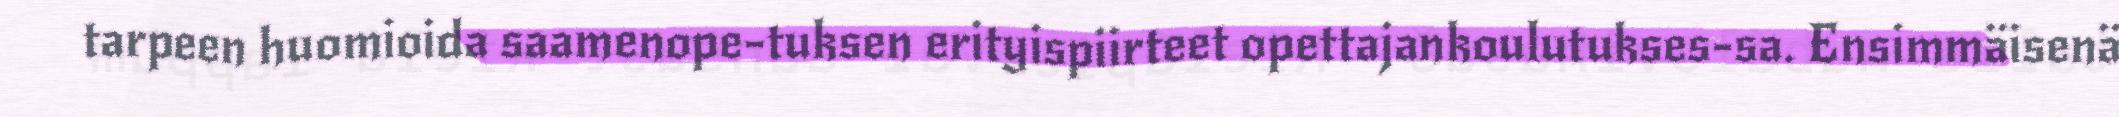
tarpeen huomioida saamenope-tuksen erityispiirteet opettajankoulutukses-sa. Ensimmäisenä